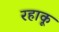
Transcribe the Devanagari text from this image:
रहाकू